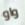
واو